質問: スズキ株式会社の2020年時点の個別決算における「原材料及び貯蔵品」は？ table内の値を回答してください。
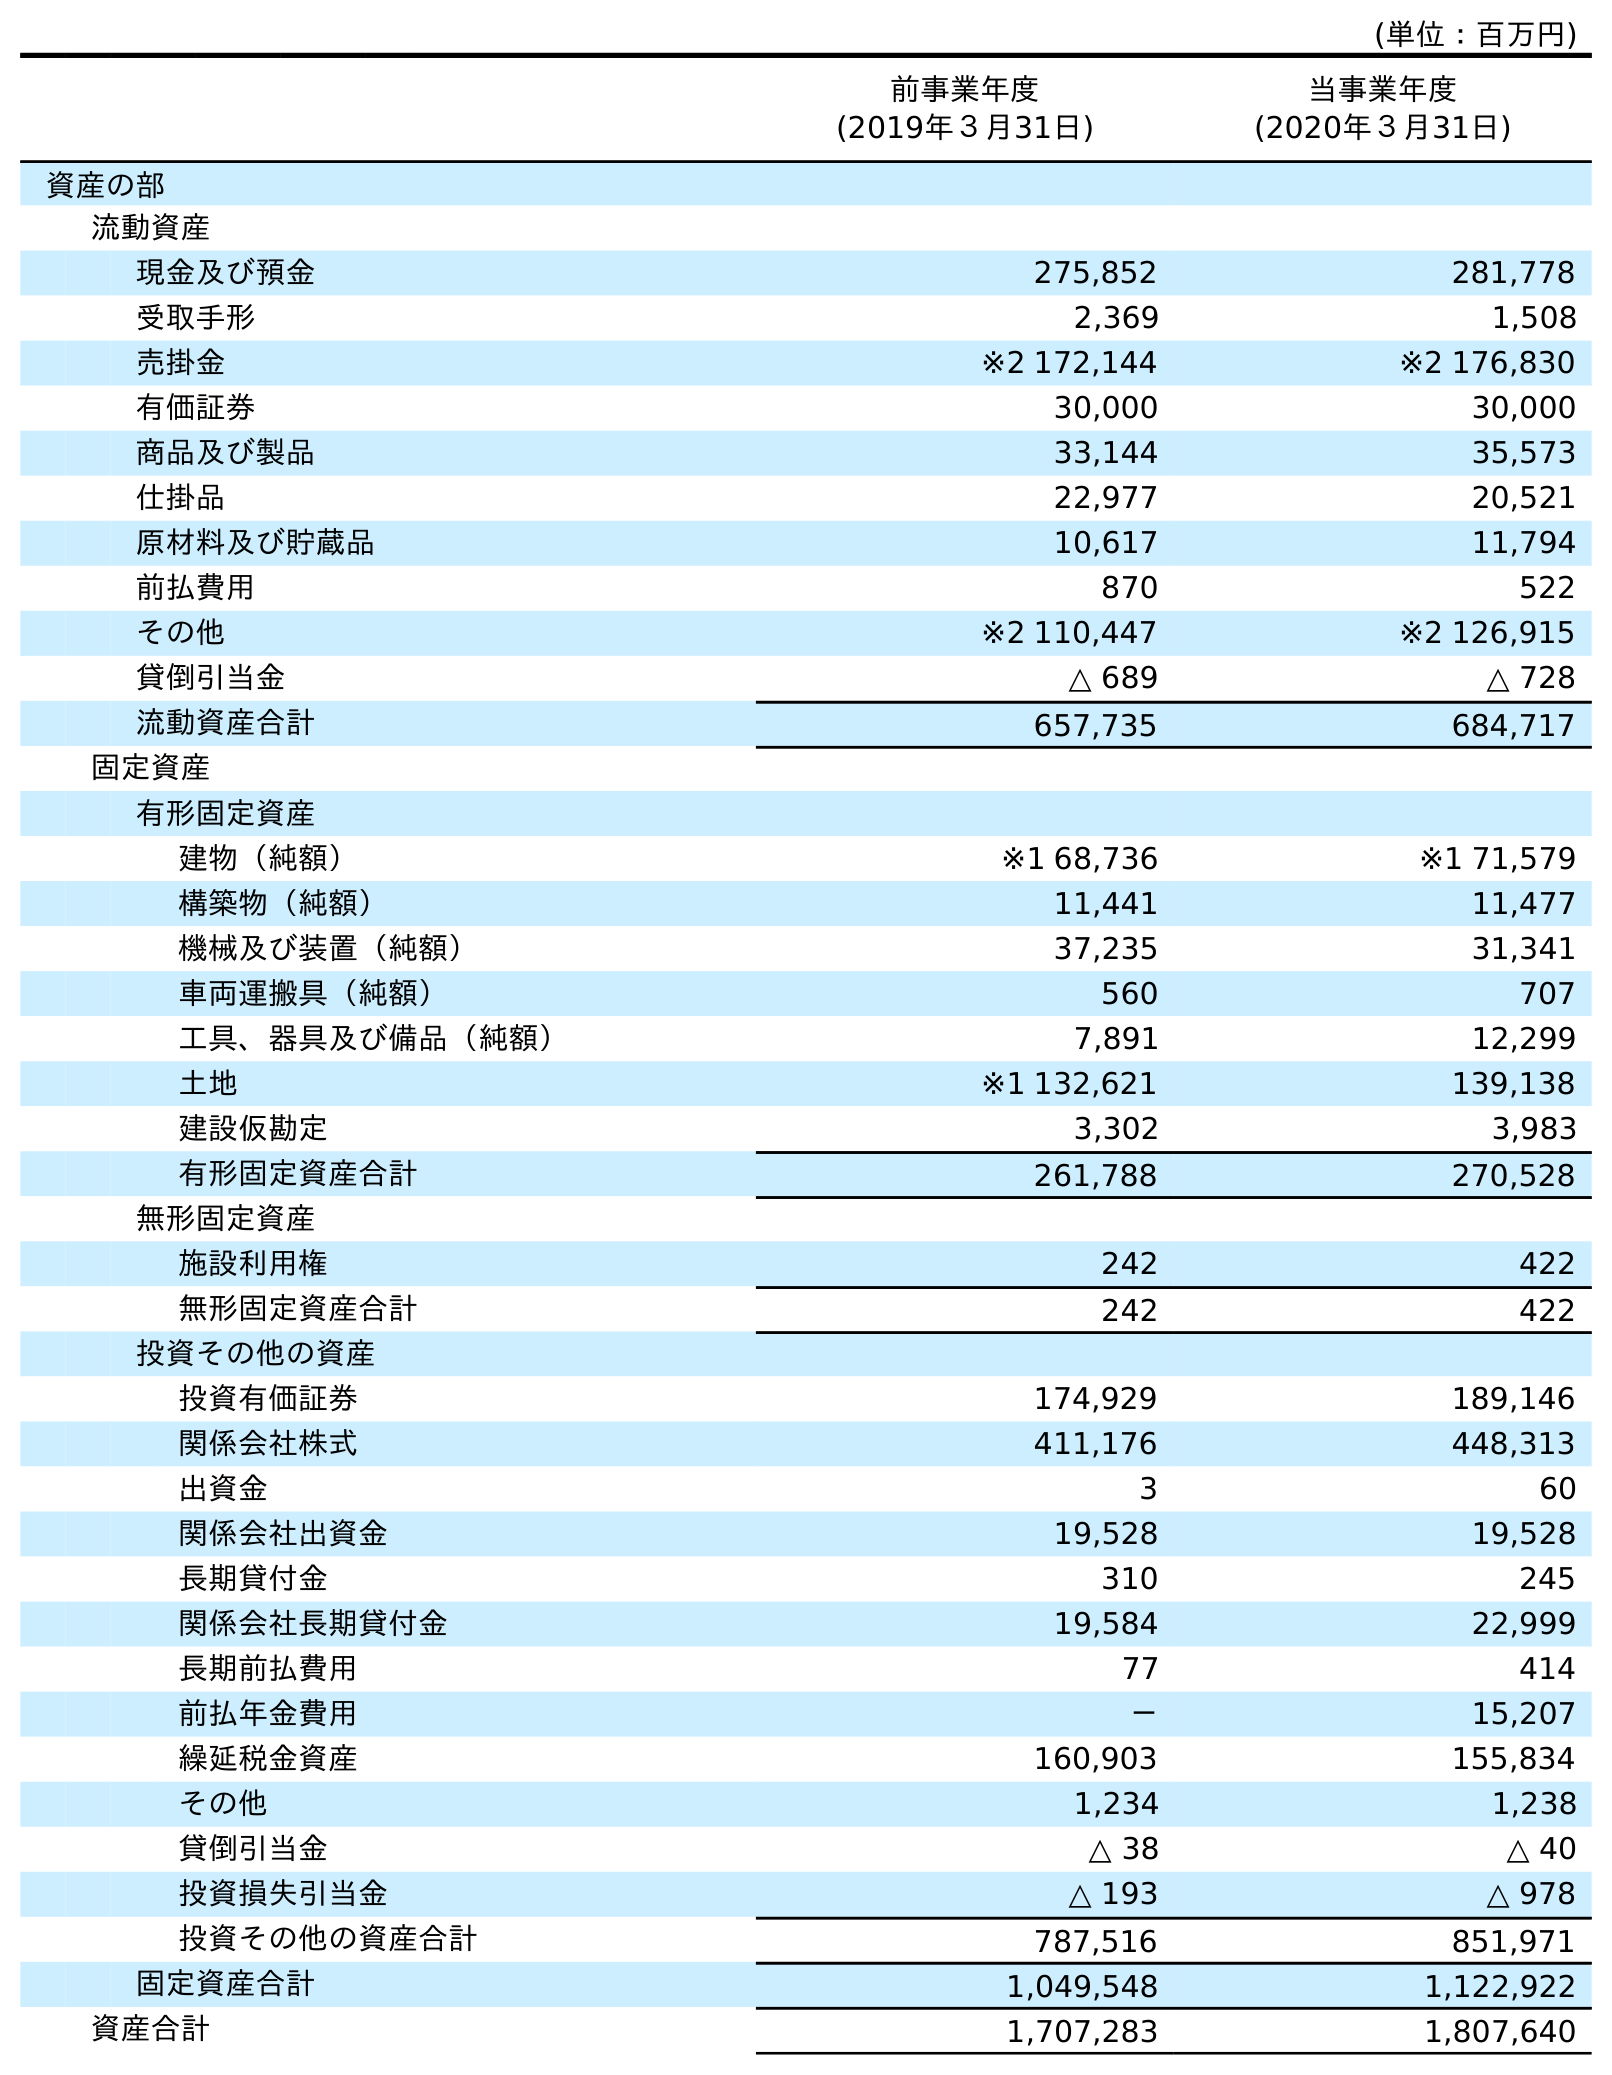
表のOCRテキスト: (単位：百万円) 前事業年度 (2019年３月31日) 当事業年度 (2020年３月31日) 資産の部 流動資産 現金及び預金 275,852 281,778 受取手形 2,369 1,508 売掛金 ※2 172,144 ※2 176,830 有価証券 30,000 30,000 商品及び製品 33,144 35,573 仕掛品 22,977 20,521 原材料及び貯蔵品 10,617 11,794 前払費用 870 522 その他 ※2 110,447 ※2 126,915 貸倒引当金 △ 689 △ 728 流動資産合計 657,735 684,717 固定資産 有形固定資産 建物（純額） ※1 68,736 ※1 71,579 構築物（純額） 11,441 11,477 機械及び装置（純額） 37,235 31,341 車両運搬具（純額） 560 707 工具、器具及び備品（純額） 7,891 12,299 土地 ※1 132,621 139,138 建設仮勘定 3,302 3,983 有形固定資産合計 261,788 270,528 無形固定資産 施設利用権 242 422 無形固定資産合計 242 422 投資その他の資産 投資有価証券 174,929 189,146 関係会社株式 411,176 448,313 出資金 3 60 関係会社出資金 19,528 19,528 長期貸付金 310 245 関係会社長期貸付金 19,584 22,999 長期前払費用 77 414 前払年金費用 － 15,207 繰延税金資産 160,903 155,834 その他 1,234 1,238 貸倒引当金 △ 38 △ 40 投資損失引当金 △ 193 △ 978 投資その他の資産合計 787,516 851,971 固定資産合計 1,049,548 1,122,922 資産合計 1,707,283 1,807,640
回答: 11,794